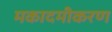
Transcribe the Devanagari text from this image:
मकादमीकरण